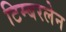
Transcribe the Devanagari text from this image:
टिम्बरलेन